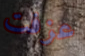
عزفت